Civil Veterinary Dept. North-West Frontier Province 1923-32 - 1923-1932
Year: 1923
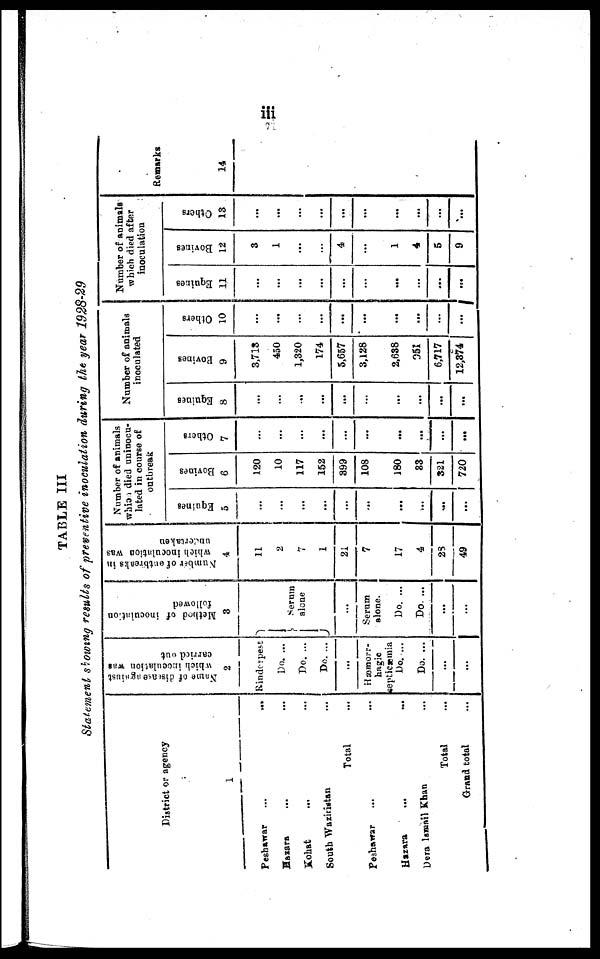
iii
TABLE III
Statement showing results of
preventive inoculation during the year 1928-29
District or agency
1
Peshawar… …
Hazara … …
Kohat … …
South Waziristan …
Total …
Peshawar … …
Hazara … …
Dera Ismail Khan …
Total …
Grand total …
Name
of disease against
which inoculation was
carried out
2
Rinderpest
Do. ...
Do. ...
Do. ...
...
Hæmorr¬
hagic
septicaemia
Do ...
Do. ...
...
…
Method of inoculation
followed
3
Serum
alone
...
Serum
alone.
Do. ...
Do ...
...
...
Number of outbreaks in
which inoculation was
undertaken.
4
11
2
7
1
21
7
17
4
23
49
Number of animals
which died uninocu¬
lated in course of
outbreak
Equines
5
…
...
...
...
...
...
...
...
Bovines
6
120
10
117
162
899
108
180
83
321
720
Others
7
...
...
…
...
...
…
...
...
...
...
Number of animals
inoculated
Equines
8
...
...
...
...
...
...
...
...
...
...
Bovines
9
3,718
450
1,320
174
5,657
3,128
2,638
951
6,717
12,374
Others
10
...
...
...
...
...
...
...
...
...
…
Number of animals
which died after
inoculation
Equines
11
...
...
...
...
...
…
...
...
...
...
Bovines
12
3
1
...
…
4
...
1
4
5
9
Others
13
...
...
...
...
...
...
...
...
...
...
Remarks
14